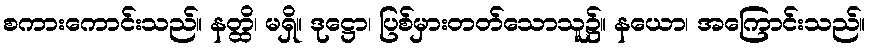
စကားကောင်းသည်။ နတ္ထိ၊ မရှိ။ ဒုဋ္ဌော၊ ပြစ်မှားတတ်သောသူ၌။ နယော၊ အကြောင်းသည်။